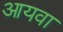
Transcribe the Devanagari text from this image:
आयवा